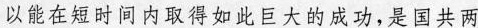
以能在短时间内取得如此巨大的成功，是国共两